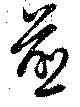
煎